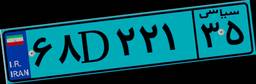
۲۱D۵۵۶۱۸